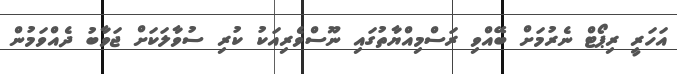
އަހަރީ ރިޕޯޓް ނެރުމަށް ބޭއްވި ރަސްމިއްޔާތުގައި ނޫސްވެރިއަކު ކުރި ސުވާލަކަށް ޖަވާބު ދެއްވަމުން